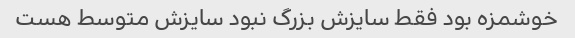
خوشمزه بود فقط سایزش بزرگ نبود سایزش متوسط هست